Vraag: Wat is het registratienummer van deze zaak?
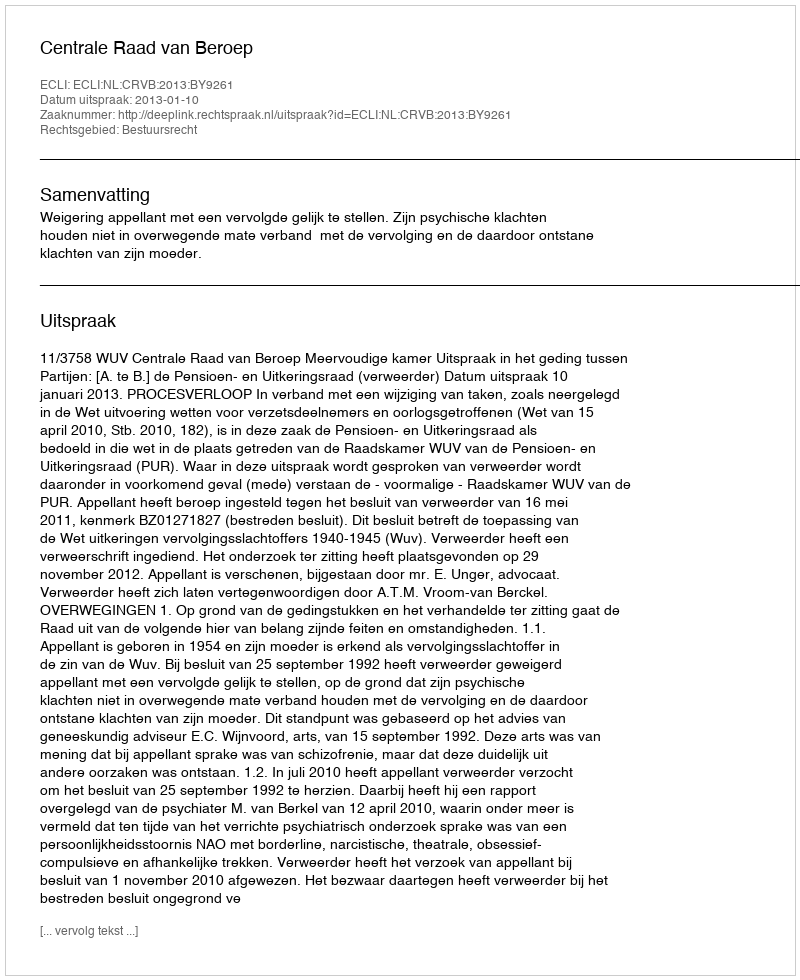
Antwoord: http://deeplink.rechtspraak.nl/uitspraak?id=ECLI:NL:CRVB:2013:BY9261